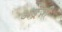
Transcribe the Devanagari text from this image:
अङ्रेज़ी